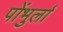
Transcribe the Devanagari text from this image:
पोंभुर्ला